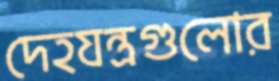
দেহযন্ত্রগুলোর